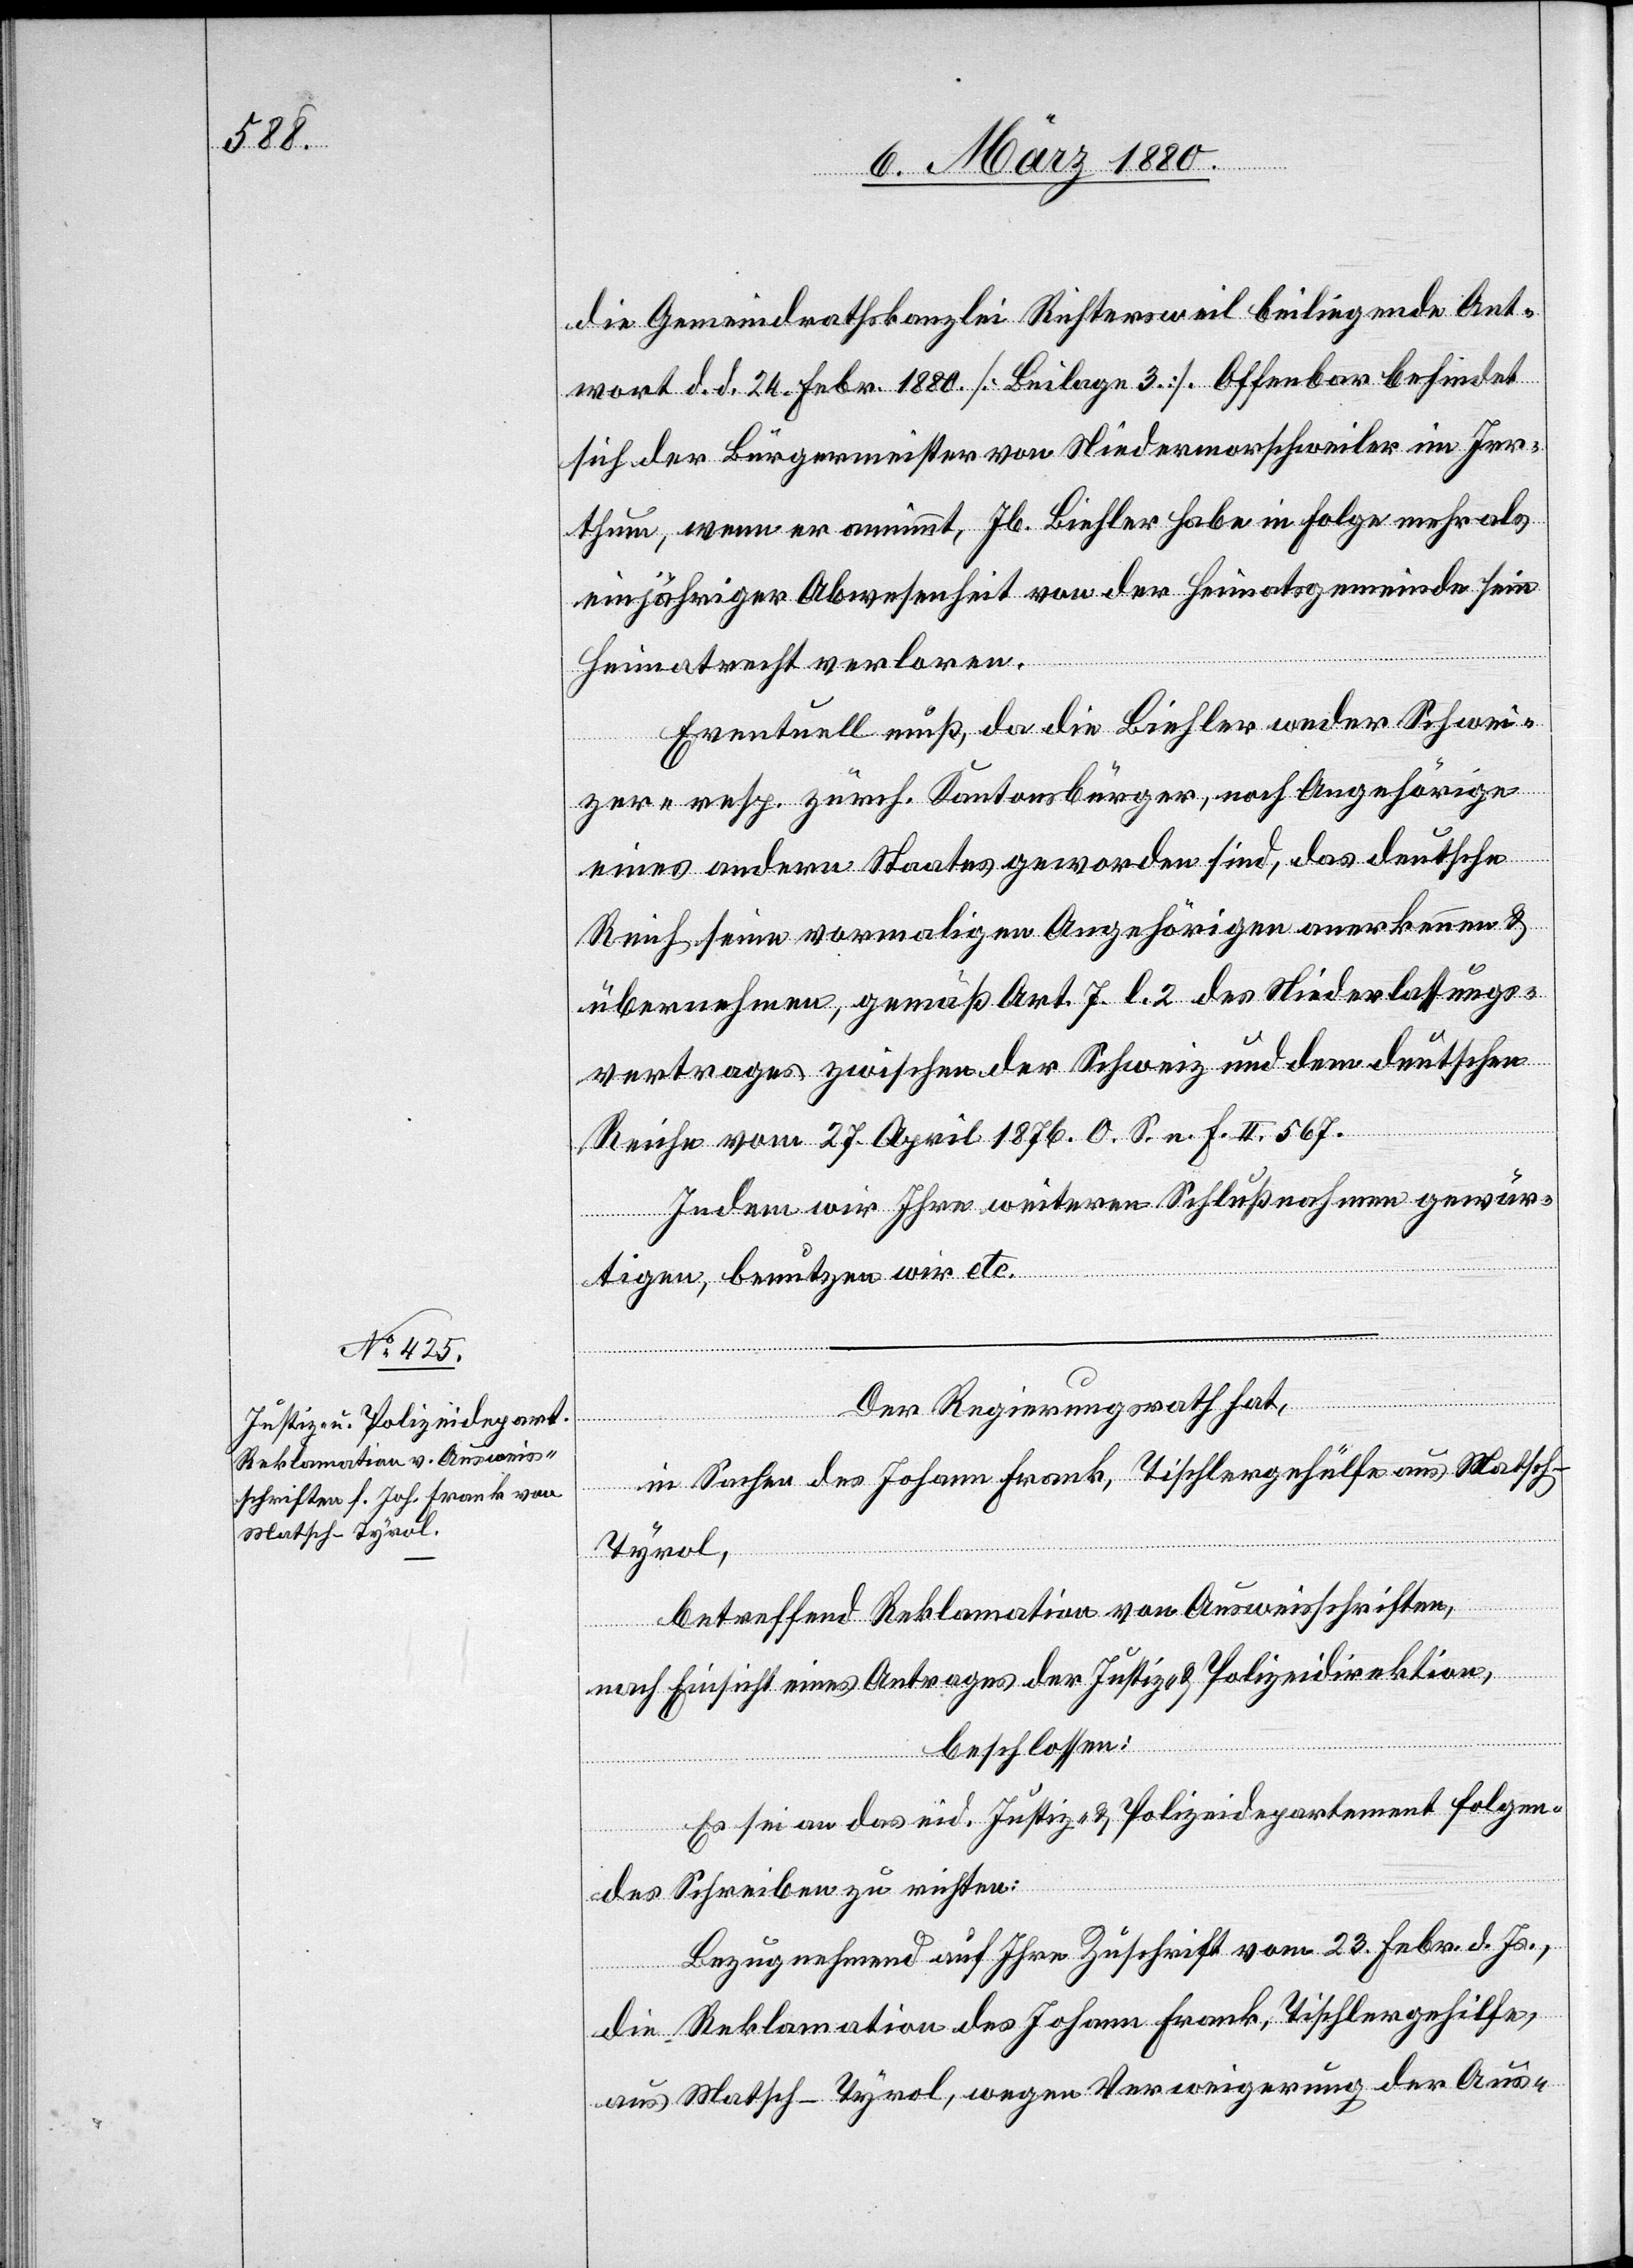
die Gemeindrathskanzlei Richtersweil beiliegende Ant¬
wort d. d. 24. Febr. 1880. [Beilage 3]. Offenbar befindet
sich der Bürgermeister von Niedermorschweiler im Irr¬
thum, wenn er annimmt, Jb. Biehler habe in Folge mehr als
einjähriger Abwesenheit von der Heimatsgemeinde sein
Heimatrecht verloren.
Eventuell muß, da die Biehler weder Schwei¬
zer- resp. zürch. Kantonsbürger, noch Angehörige
eines andern Staates geworden sind, das deutsche
Reich seine vormaligen Angehörigen anerkennen &
übernehmen, gemäß Art. 7 l. 2 des Niederlassungs¬
vertrages zwischen der Schweiz und dem deutschen
Reiche vom 27. April 1876. O. S. n. F. II. 567.
Indem wir Ihre weiteren Schlußnahmen gewär¬
tigen, benutzen wir etc.
Der Regierungsrath hat,
in Sachen des Johann Frank, Tischlergehülfe aus Matsch
Tyrol,
betreffend Reklamation von Ausweisschriften,
nach Einsicht eines Antrages der Justiz- & Polizeidirektion,
beschlossen:
Es sei an das eid. Justiz- und Polizeidepartement folgen¬
des Schreiben zu richten:
Bezugnehmend auf Ihre Zuschrift vom 23. Febr. d. Js.,
die Reklamation des Johann Frank, Tischlergehilfe
aus Matsch - Tyrol, wegen Verweigerung der Aus-